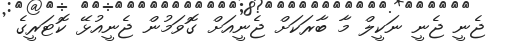
ޖެނީ ޖެނީ ނަކީލް މާ ބާރަކަށް ޖެނީއަށް ގޮވަމުން ޖެނީއުޅޭ ކޮޓަރީގެ